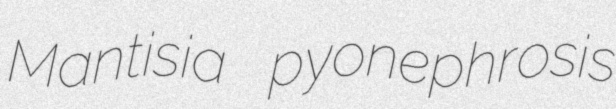
Mantisia pyonephrosis